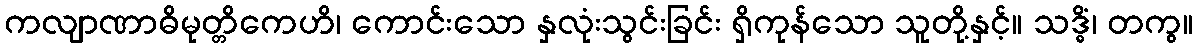
ကလျာဏာဓိမုတ္တိကေဟိ၊ ကောင်းသော နှလုံးသွင်းခြင်း ရှိကုန်သော သူတို့နှင့်။ သဒ္ဓိံ၊ တကွ။